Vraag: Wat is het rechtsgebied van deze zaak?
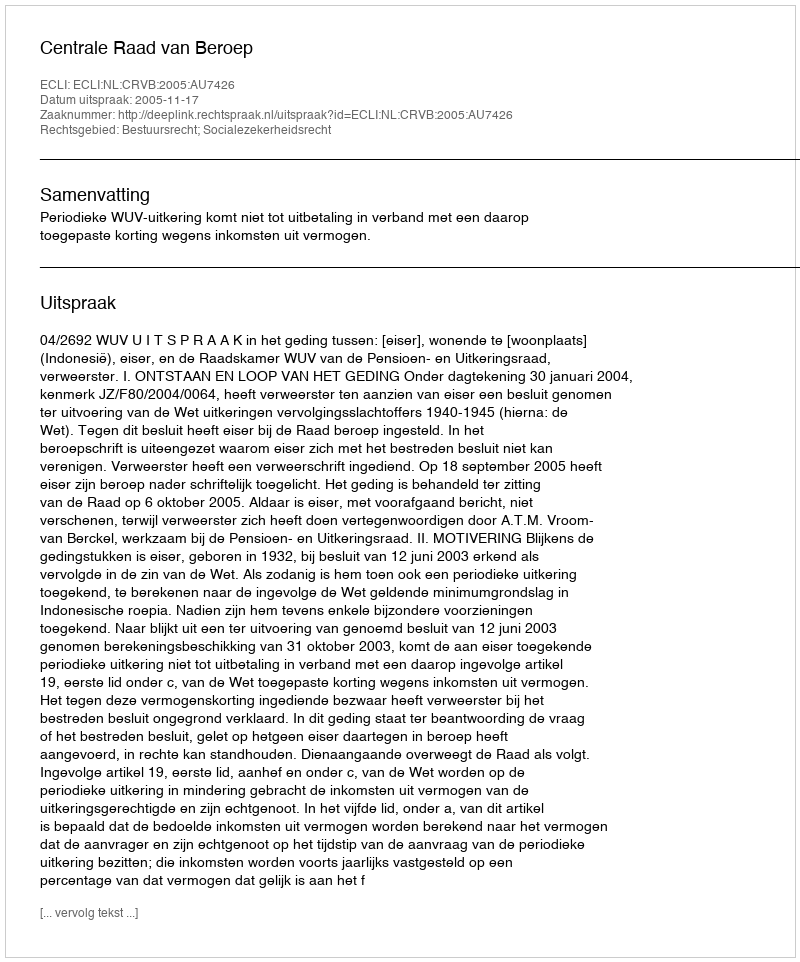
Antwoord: Bestuursrecht; Socialezekerheidsrecht